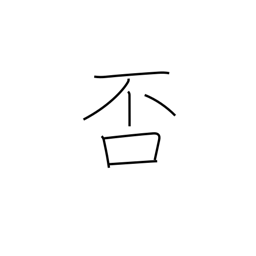
Meaning: decline